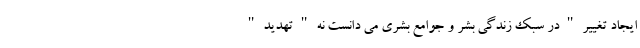
ایجاد تغییر " در سبک زندگی بشر و جوامع بشری می دانست نه " تهدید "